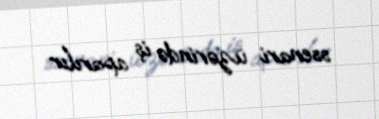
ssenari üzərində iş aparılır.